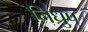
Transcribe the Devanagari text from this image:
निध्रुप